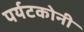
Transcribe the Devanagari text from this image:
पर्यटकोनी